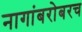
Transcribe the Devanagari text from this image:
नागांबरोबरच